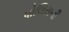
પોલિસની